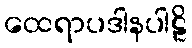
ထေရာပဒါနပါဠိ